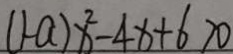
( 1 - a ) x ^ { 2 } - 4 x + 6 > 0